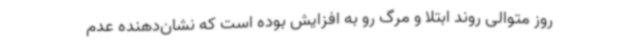
روز متوالی روند ابتلا و مرگ رو به افزایش بوده است که نشان‌دهنده عدم